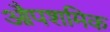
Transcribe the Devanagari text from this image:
औपशमिक